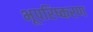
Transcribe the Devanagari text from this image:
भूपरिष्करण